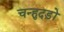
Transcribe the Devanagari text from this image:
चन्हुदड़ो